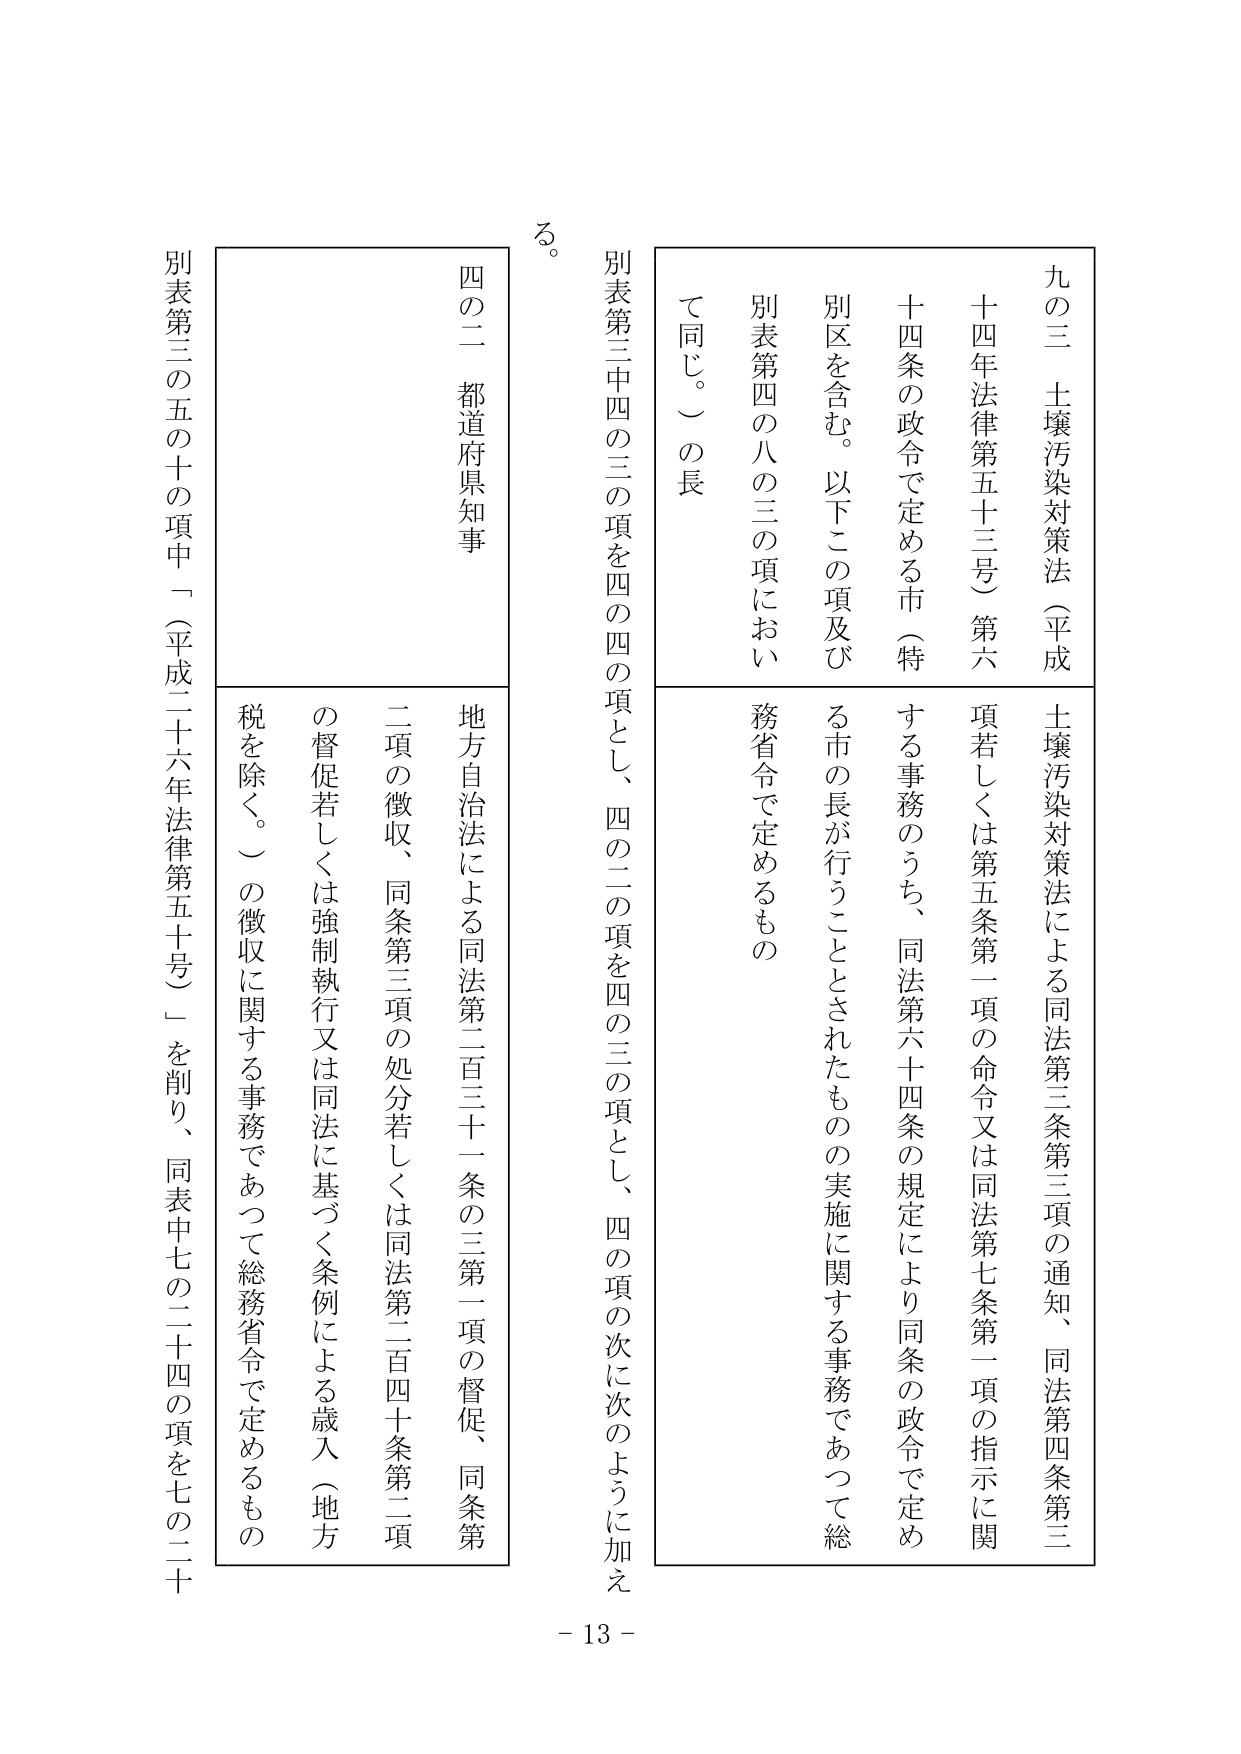
九の三　土壤汚染対策法（平成十四年法律第五十三号）第六十四条の政令で定める市（特別区を含む。以下この項及び別表第四の八の三の項において同じ。）の長

土壤汚染対策法による同法第三条第三項の通知、同法第四条第三項若しくは第五条第一項の命令又は同法第七条第一項の指示に関する事務のうち、同法第六十四条の規定により同条の政令で定める市の長が行うこととされたものの実施に関する事務であって総務省令で定めるもの

別表第三中四の三の項を四の四の項とし、四の二の項を四の三の項とし、四の項の次に次のように加える。

四の二　都道府県知事

地方自治法による同法第二百三十一条の三第一項の督促、同条第二項の徴収、同条第三項の処分若しくは同法第二百四十条第二項の督促若しくは強制執行又は同法に基づく条例による歳入（地方税を除く。）の徴収に関する事務であって総務省令で定めるもの

別表第三の五の十の項中「（平成二十六年法律第五十号）」を削り、同表中七の二十四の項を七の二十

る。

- 13 -